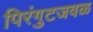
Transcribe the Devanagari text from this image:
पिरंगुटजवळ